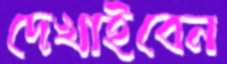
দেখাইবেন